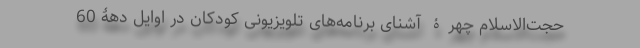
حجت‌الاسلام چهرۀ آشنای برنامه‌های تلویزیونی کودکان در اوایل دهۀ 60